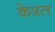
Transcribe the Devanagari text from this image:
केत्रल